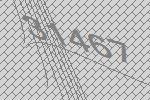
31467